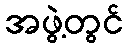
အဖွဲ့တွင်